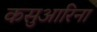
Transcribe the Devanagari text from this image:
कसुआरिना